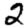
Digit: 2